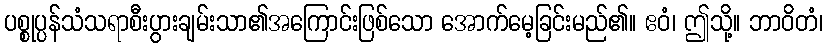
ပစ္စုပ္ပန်သံသရာစီးပွားချမ်းသာ၏အကြောင်းဖြစ်သော အောက်မေ့ခြင်းမည်၏။ ဧဝံ၊ ဤသို့။ ဘာဝိတံ၊